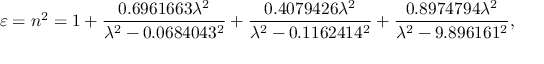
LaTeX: \varepsilon = n ^ { 2 } = 1 + { \frac { 0 . 6 9 6 1 6 6 3 \lambda ^ { 2 } } { \lambda ^ { 2 } - 0 . 0 6 8 4 0 4 3 ^ { 2 } } } + { \frac { 0 . 4 0 7 9 4 2 6 \lambda ^ { 2 } } { \lambda ^ { 2 } - 0 . 1 1 6 2 4 1 4 ^ { 2 } } } + { \frac { 0 . 8 9 7 4 7 9 4 \lambda ^ { 2 } } { \lambda ^ { 2 } - 9 . 8 9 6 1 6 1 ^ { 2 } } } ,